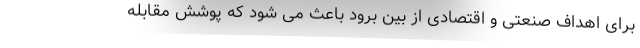
برای اهداف صنعتی و اقتصادی از بین برود باعث می شود که پوشش مقابله